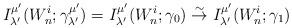
LaTeX: \begin{align*} I_{\lambda'}^{\mu'}(W^i_n; \gamma_{\lambda'}^{\mu'}) = I_{\lambda'}^{\mu'}(W^i_n;\gamma_0) \stackrel{\sim}{\rightarrow} I_{\lambda'}^{\mu'}(W^i_n; \gamma_1)\end{align*}